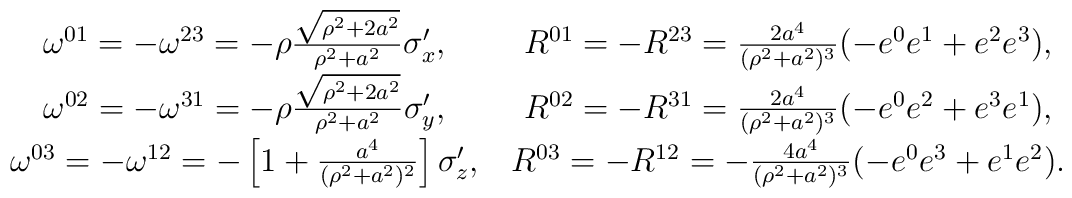
\matrix{\omega^{01}=-\omega^{23}=-\rho{\sqrt{\rho^2+2a^2}\over\rho^2+a^2}\sigma_x^\prime,&R^{01}=-R^{23}={2a^4\over (\rho^2+a^2)^3}(-e^0e^1+e^2e^3),\cr\omega^{02}=-\omega^{31}=-\rho{\sqrt{\rho^2+2a^2}\over\rho^2+a^2}\sigma_y^\prime,&R^{02}=-R^{31}={2a^4\over (\rho^2+a^2)^3}(-e^0e^2+e^3e^1),\cr\omega^{03}=-\omega^{12}=-\left[1+{a^4\over(\rho^2+a^2)^2}\right]\sigma_z^\prime,&R^{03}=-R^{12}=-{4a^4\over (\rho^2+a^2)^3}(-e^0e^3+e^1e^2).}